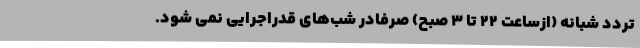
تردد شبانه (ازساعت ٢٢ تا ٣ صبح) صرفاًدر شب‌های قدراجرایی نمی شود.